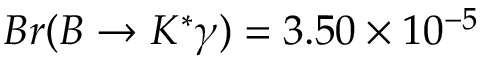
B r ( B \rightarrow K ^ { * } \gamma ) = 3 . 5 0 \times 1 0 ^ { - 5 }